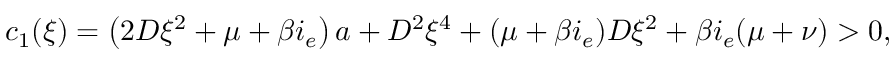
c _ { 1 } ( \xi ) = \left( 2 D \xi ^ { 2 } + \mu + \beta i _ { e } \right) a + D ^ { 2 } \xi ^ { 4 } + ( \mu + \beta i _ { e } ) D \xi ^ { 2 } + \beta i _ { e } ( \mu + \nu ) > 0 ,